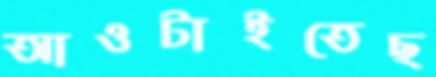
আওটাইতেছ